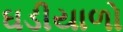
ઘડીયાળો